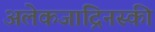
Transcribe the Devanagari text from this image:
अलेकजांद्रिनस्की